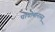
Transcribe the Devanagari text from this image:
पोपोमानास्यू